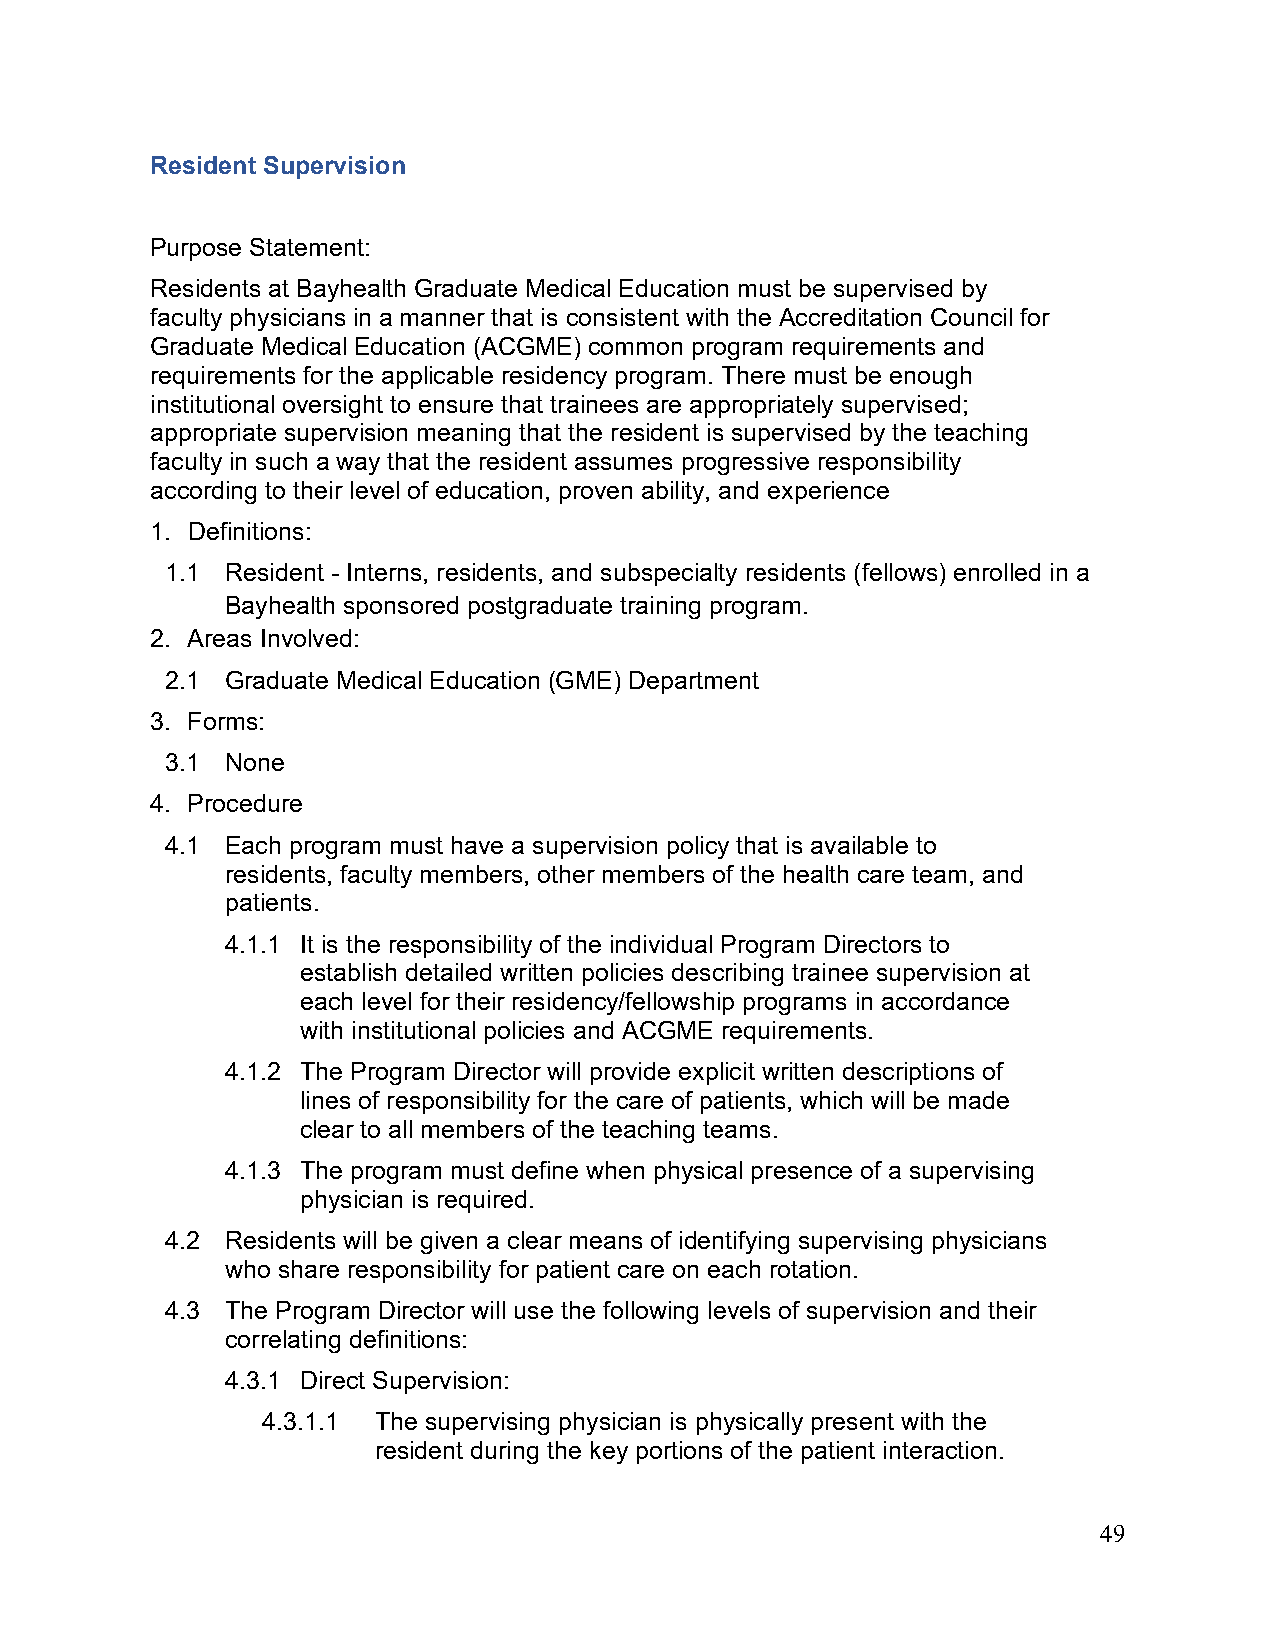
Resident Supervision
 Purpose Statement:
 Residents at Bayhealth Graduate Medical Education must be supervised by
 faculty physicians in a manner that is consistent with the Accreditation Council for
 Graduate Medical Education (ACGME) common program requirements and
 requirements for the applicable residency program. There must be enough
 institutional oversight to ensure that trainees are appropriately supervised;
 appropriate supervision meaning that the resident is supervised by the teaching
 faculty in such a way that the resident assumes progressive responsibility
 according to their level of education, proven ability, and experience
 1. Definitions:
 1.1 Resident - Interns, residents, and subspecialty residents (fellows) enrolled in a
 Bayhealth sponsored postgraduate training program.
 2. Areas Involved:
 2.1 Graduate Medical Education (GME) Department
 3. Forms:
 3.1 None
 4. Procedure
 4.1 Each program must have a supervision policy that is available to
 residents, faculty members, other members of the health care team, and
 patients.
 4.1.1 It is the responsibility of the individual Program Directors to
 establish detailed written policies describing trainee supervision at
 each level for their residency/fellowship programs in accordance
 with institutional policies and ACGME requirements.
 4.1.2 The Program Director will provide explicit written descriptions of
 lines of responsibility for the care of patients, which will be made
 clear to all members of the teaching teams.
 4.1.3 The program must define when physical presence of a supervising
 physician is required.
 4.2 Residents will be given a clear means of identifying supervising physicians
 who share responsibility for patient care on each rotation.
 4.3 The Program Director will use the following levels of supervision and their
 correlating definitions:
 4.3.1 Direct Supervision:
 4.3.1.1 The supervising physician is physically present with the
 resident during the key portions of the patient interaction.
 49